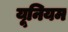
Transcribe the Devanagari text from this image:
यूनियम